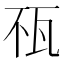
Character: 𤬭